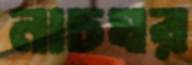
নাচঘর